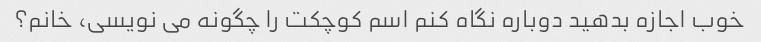
خوب اجازه بدهید دوباره نگاه کنم اسم کوچکت را چگونه می نویسی، خانم؟